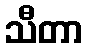
သီတာ